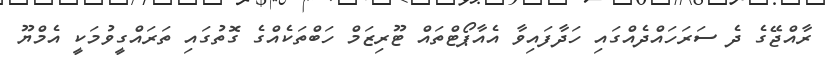
ރާއްޖޭގެ ދެ ސަރަހައްދެއްގައި ހަދާފައިވާ އެއާޕޯޓްތައް ޓޫރިޒަމް ހަބްތަކެއްގެ ގޮތުގައި ތަރައްގީވުމަކީ އެމްޔޫ